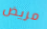
مريض